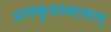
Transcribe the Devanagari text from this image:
असकृदभ्यासात्‌